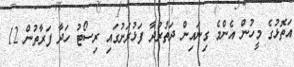
އަތޮޅުގެ މީހުން އެންމެ ގިނައިން ދަތުރުދާ ފަޅުރަށުގައި ރިސޯޓު ހަދާ ފަރާތުން 12